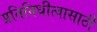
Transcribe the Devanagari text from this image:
प्रतिनिधीत्वासाठी